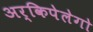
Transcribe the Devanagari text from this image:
अर्किपेलेगो